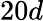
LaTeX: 20d